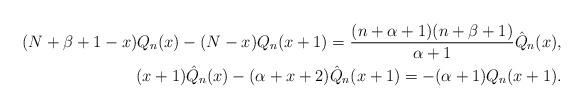
LaTeX: \begin{align*} (N+\beta+1-x) Q_n(x)-(N-x) Q_{n}(x+1) =\frac{(n+\alpha +1)(n+\beta+1)}{\alpha+1} \hat Q_n(x), \\ (x+1) \hat Q_n(x)-(\alpha +x+2) \hat Q_{n}(x+1) =-(\alpha+1) Q_n(x+1). \end{align*}